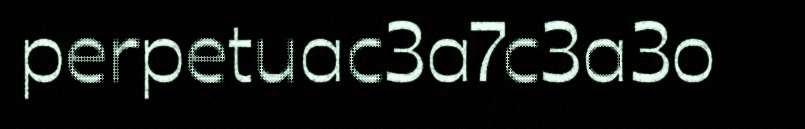
perpetuac3a7c3a3o